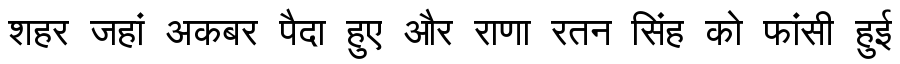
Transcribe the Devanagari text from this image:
शहर जहां अकबर पैदा हुए और राणा रतन सिंह को फांसी हुई